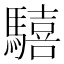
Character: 𩦇